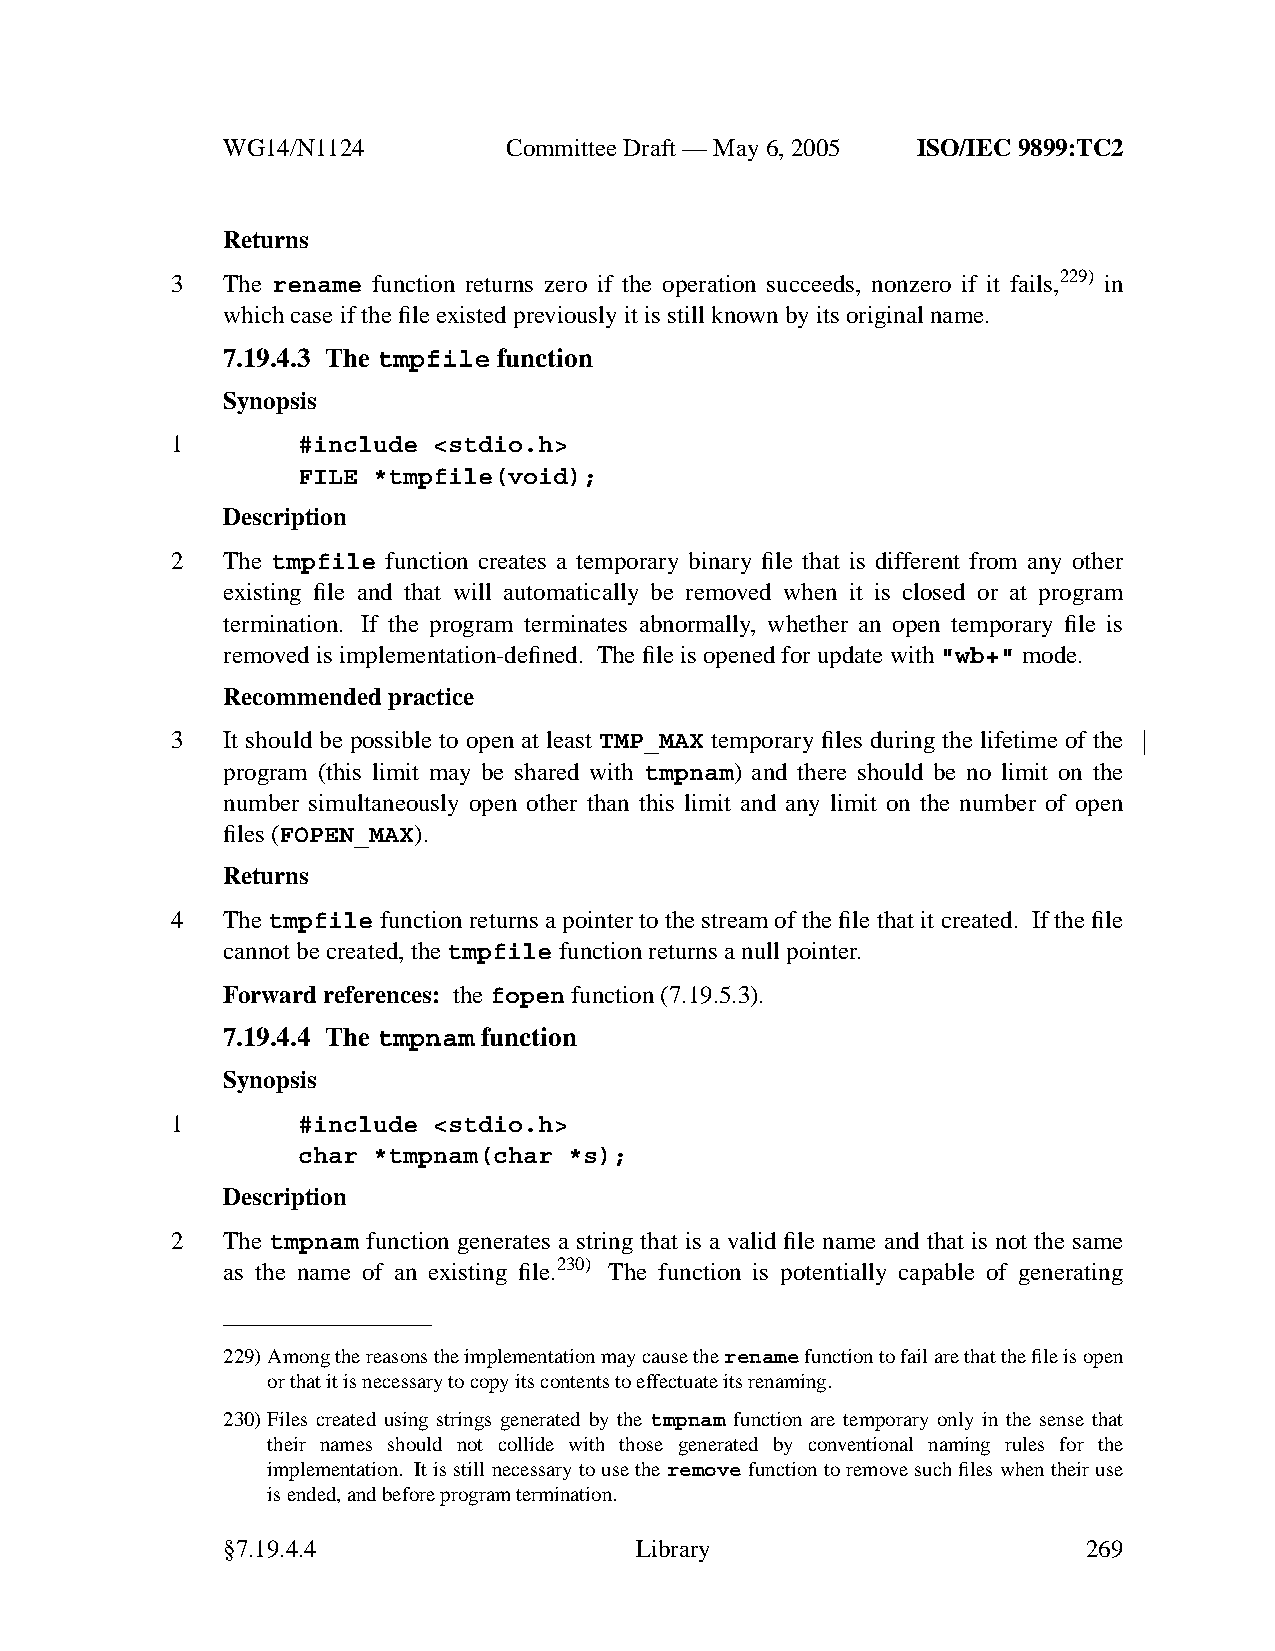
WG14/N1124        CommitteeDraft — May 6, 2005 ISO/IEC 9899:TC2
 Returns
 3   The rename function returns zero if the operation succeeds, nonzero if it fails,229) in
 which case if the file existed previously it is still known by its original name.
 7.19.4.3 The tmpfile function
 Synopsis
 1        #include <stdio.h>
 FILE *tmpfile(void);
 Description
 2   The tmpfile function creates a temporary binary file that is different from any other
 existing file and that will automatically be removed when it is closed or at program
 termination. If the program terminates abnormally, whether an open temporary file is
 removedisimplementation-defined. Thefile is opened for update with "wb+" mode.
 Recommended practice
 3   It should be possible to open at least TMP_MAX temporary files during the lifetime of the
 program (this limit may be shared with tmpnam) and there should be no limit on the
 number simultaneously open other than this limit and any limit on the number of open
 files (FOPEN_MAX).
 Returns
 4   Thetmpfile function returns a pointer to the stream of the file that it created. If the file
 cannot be created, thetmpfile function returns a null pointer.
 Forward references: thefopen function (7.19.5.3).
 7.19.4.4 The tmpnam function
 Synopsis
 1        #include <stdio.h>
 char *tmpnam(char *s);
 Description
 2   The tmpnam function generates a string that is a valid file name and that is not the same
 as the name of an existing file.230) The function is potentially capable of generating
 229)Among the reasons the implementation may cause therenamefunction to fail are that the file is open
 or that it is necessary to copyits contents to effectuate its renaming.
 230)Files created using strings generated by the tmpnam function are temporary only in the sense that
 their names should not collide with those generated by conventional naming rules for the
 implementation. Itis still necessary to use theremovefunction to remove such files when their use
 is ended, and before program termination.
 §7.19.4.4                  Library                       269